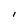
Character: l